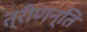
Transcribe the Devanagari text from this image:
त्रीणन्ति